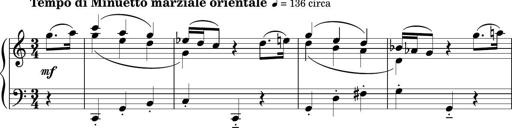
Title: Sonatina PandemÃ³nium
Composer: VÃ­ctor Carbajo
Key: C major